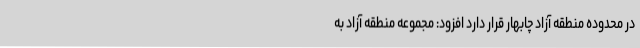
در محدوده منطقه آزاد چابهار قرار دارد افزود: مجموعه منطقه آزاد به